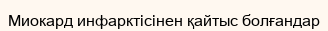
Миокард инфарктісінен қайтыс болғандар